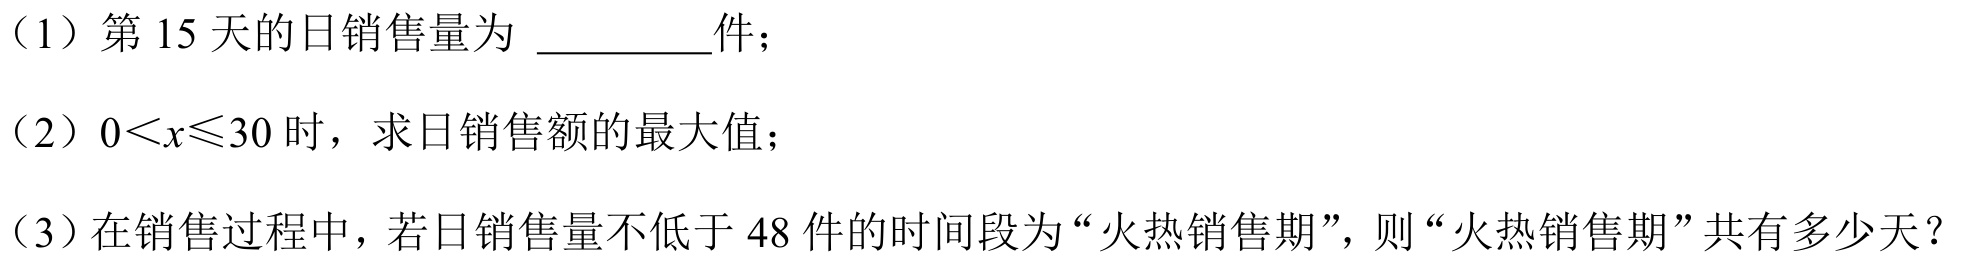
(1) 第\(15\)天的日销售量为 \_\_\_\_\_件；
(2) \(0<x\leqslant30\) 时，求日销售额的最大值；
(3) 在销售过程中，若日销售量不低于\(48\)件的时间段为“火热销售期”，则“火热销售期”共有多少天？